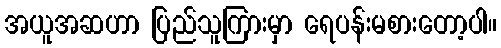
အယူအဆဟာ ပြည်သူကြားမှာ ရေပန်းမစားတော့ပါ။